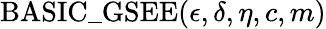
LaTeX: \mathrm{BASIC\_ GSEE}(\epsilon,\delta,\eta,c,m)